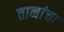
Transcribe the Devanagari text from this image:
तानांचा